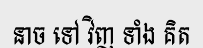
នាច ទៅ វិញ ទាំង គិត